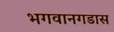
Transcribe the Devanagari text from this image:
भगवानगडास